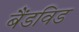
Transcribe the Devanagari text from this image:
बैंडविड